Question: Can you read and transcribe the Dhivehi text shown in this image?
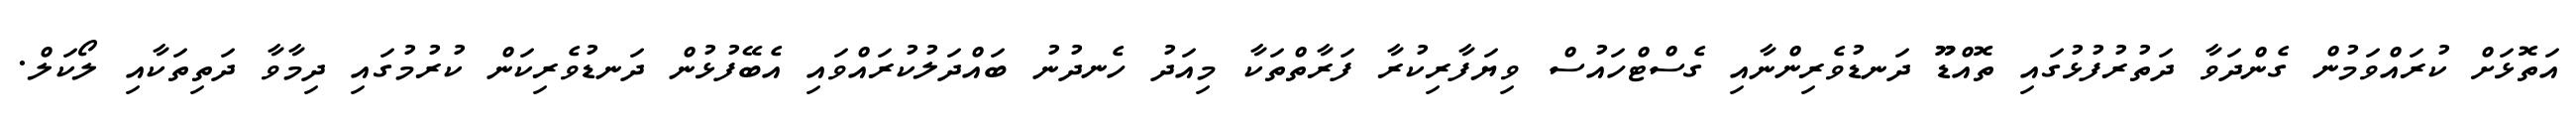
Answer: އަތޮޅަށް ކުރައްވަމުން ގެންދަވާ ދަތުރުފުޅުގައި ތޮއްޑޫޫ ދަނޑުވެރިންނާއި ގެސްޓްހައުސް ވިޔަފާރިކުރާ ފަރާތްތަކާ މިއަދު ހެނދުނު ބައްދަލުކުރައްވައި އެބޭފުޅުން ދަނޑުވެރިކަން ކުރުމުގައި ދިމާވާ ދަތިތަކާއި ލޯކަލް.